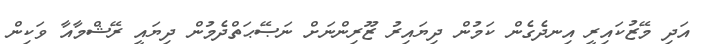
އަދި މޭޒުކައިރީ އިނދެގެން ކަމުން ދިޔައިރު ޒޫރިންނަށް ނަޞޭޙަތްދެމުން ދިޔައީ ރޭޝްމާއާ ވަކިން